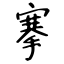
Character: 搴